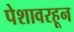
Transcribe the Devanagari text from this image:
पेशावरहून